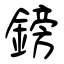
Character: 鎊